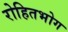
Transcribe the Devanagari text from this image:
रोहितभोग